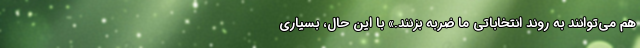
هم می‌توانند به روند انتخاباتی ما ضربه بزنند.» با این حال، بسیاری